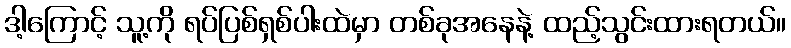
ဒါ့ကြောင့် သူ့ကို ရပ်ပြစ်ရှစ်ပါးထဲမှာ တစ်ခုအနေနဲ့ ထည့်သွင်းထားရတယ်။